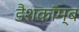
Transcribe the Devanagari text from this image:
डैशकॉम्ब